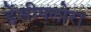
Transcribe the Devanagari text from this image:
डेंसीफ्लोरा